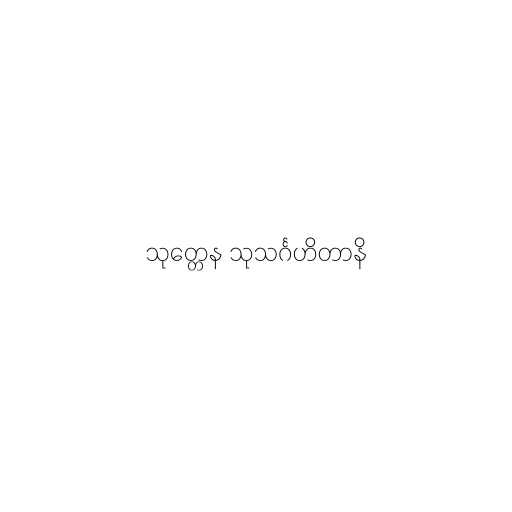
သုတ္တေန သုသင်္ဂဟိတာနိ